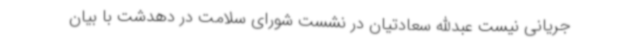
جریانی نیست عبدالله سعادتیان در نشست شورای سلامت در دهدشت با بیان